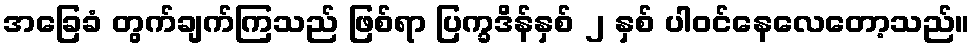
အခြေခံ တွက်ချက်ကြသည် ဖြစ်ရာ ပြက္ခဒိန်နှစ် ၂ နှစ် ပါဝင်နေလေတော့သည်။